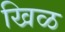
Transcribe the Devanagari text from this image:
खिळ